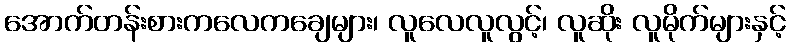
အောက်တန်းစားကလေကချေများ၊ လူလေလူလွင့်၊ လူဆိုး လူမိုက်များနှင့်